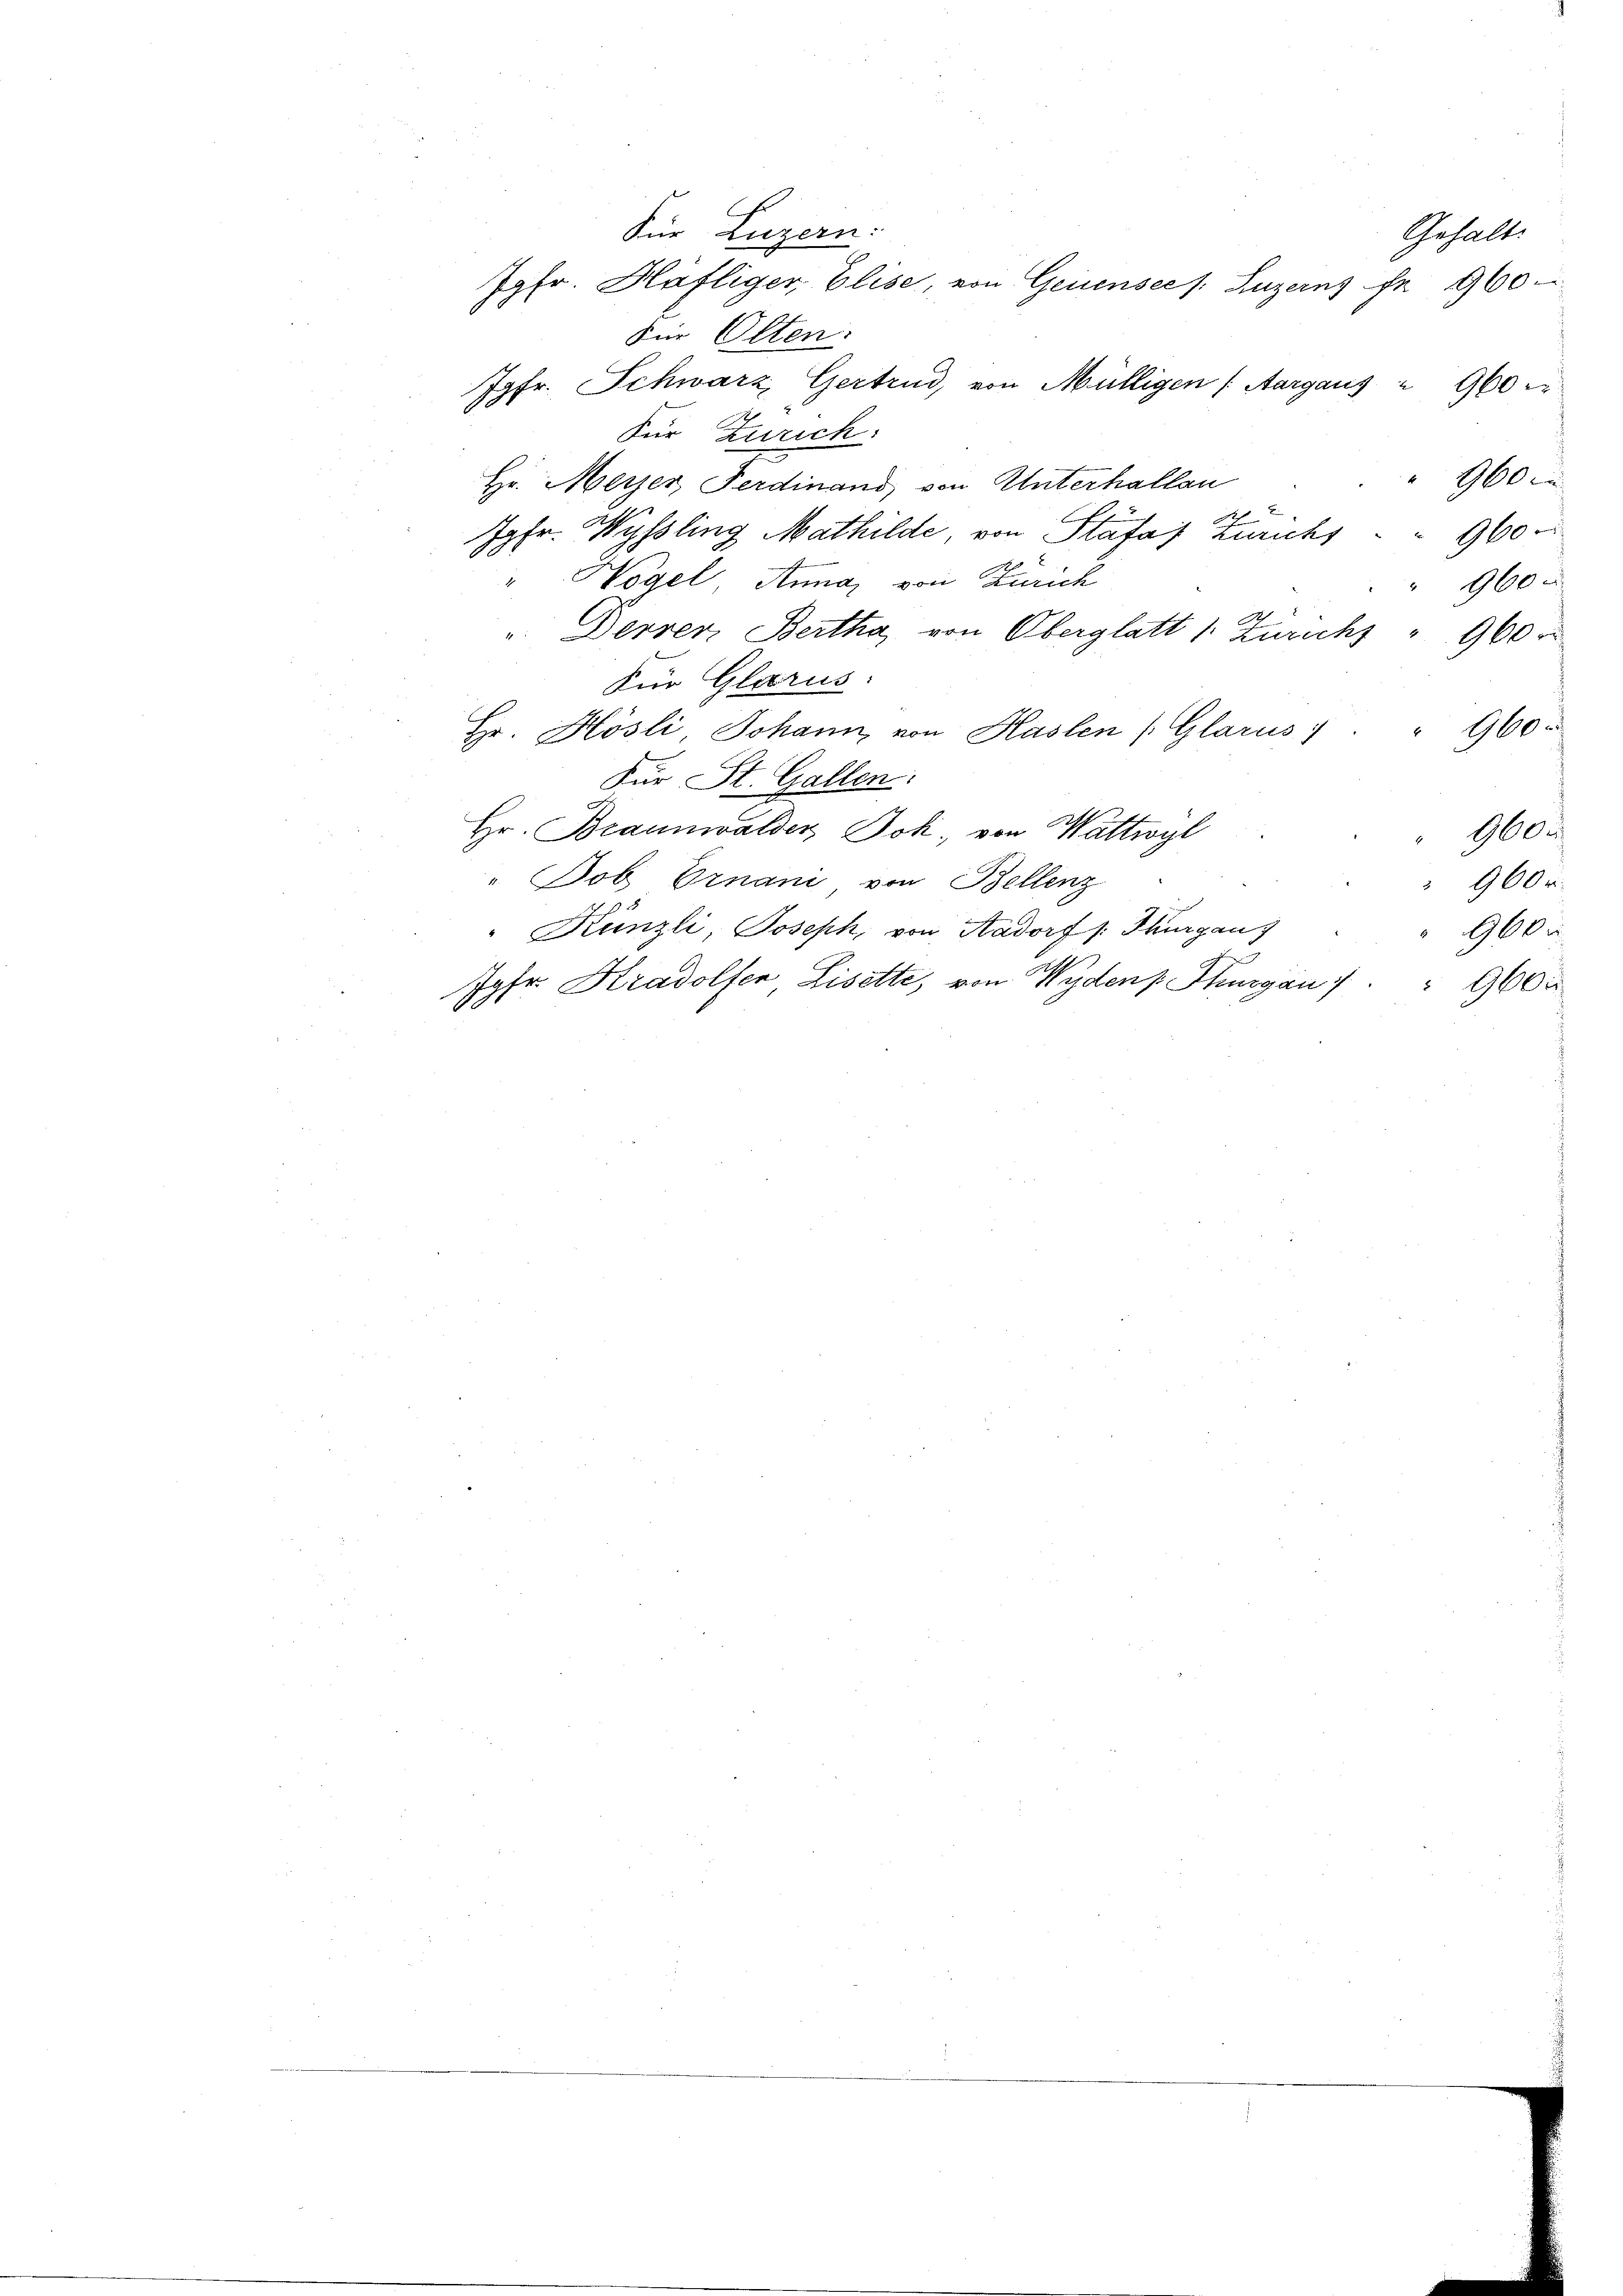
Für Luzern:
Fin Olten:
Jgfr. Schwarz, Gertrud, von Mülligen (Aargaus " 960
Für Zürich:
Hr. Meyer, Ferdinand von Unterhallan
Jgfr. Wyssling Mathilde, von Stäfa Zurichs
Wogel Annas von Zürich
u. Derrer, Bertha, von Oberglatt 1. Zurichs " 900 r
Für Glarus:
Hr. Hösli, Johann von Haslen (Glarus: " 960
Für St. Gallen:
Hr. Braunwalder, Joh. von Wattwyl
" Job Ernani von Bellenz
" Künzli, Joseph, von Aadorf /: Thurgau
1
Jgfr. Kradolfen Lisette, von Wyden Thurgau " " 900

Jgfr. Häfliger, Elise, von Geisensee /: Luzern fe 960

Gehalt
 960 c
960.
" 960 x
960x
 960 r.
960 x